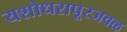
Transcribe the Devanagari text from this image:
यशोधरापूरजवळ